NAE_EAOK_eestikeelsed_sunnimeetrikad, lk 201
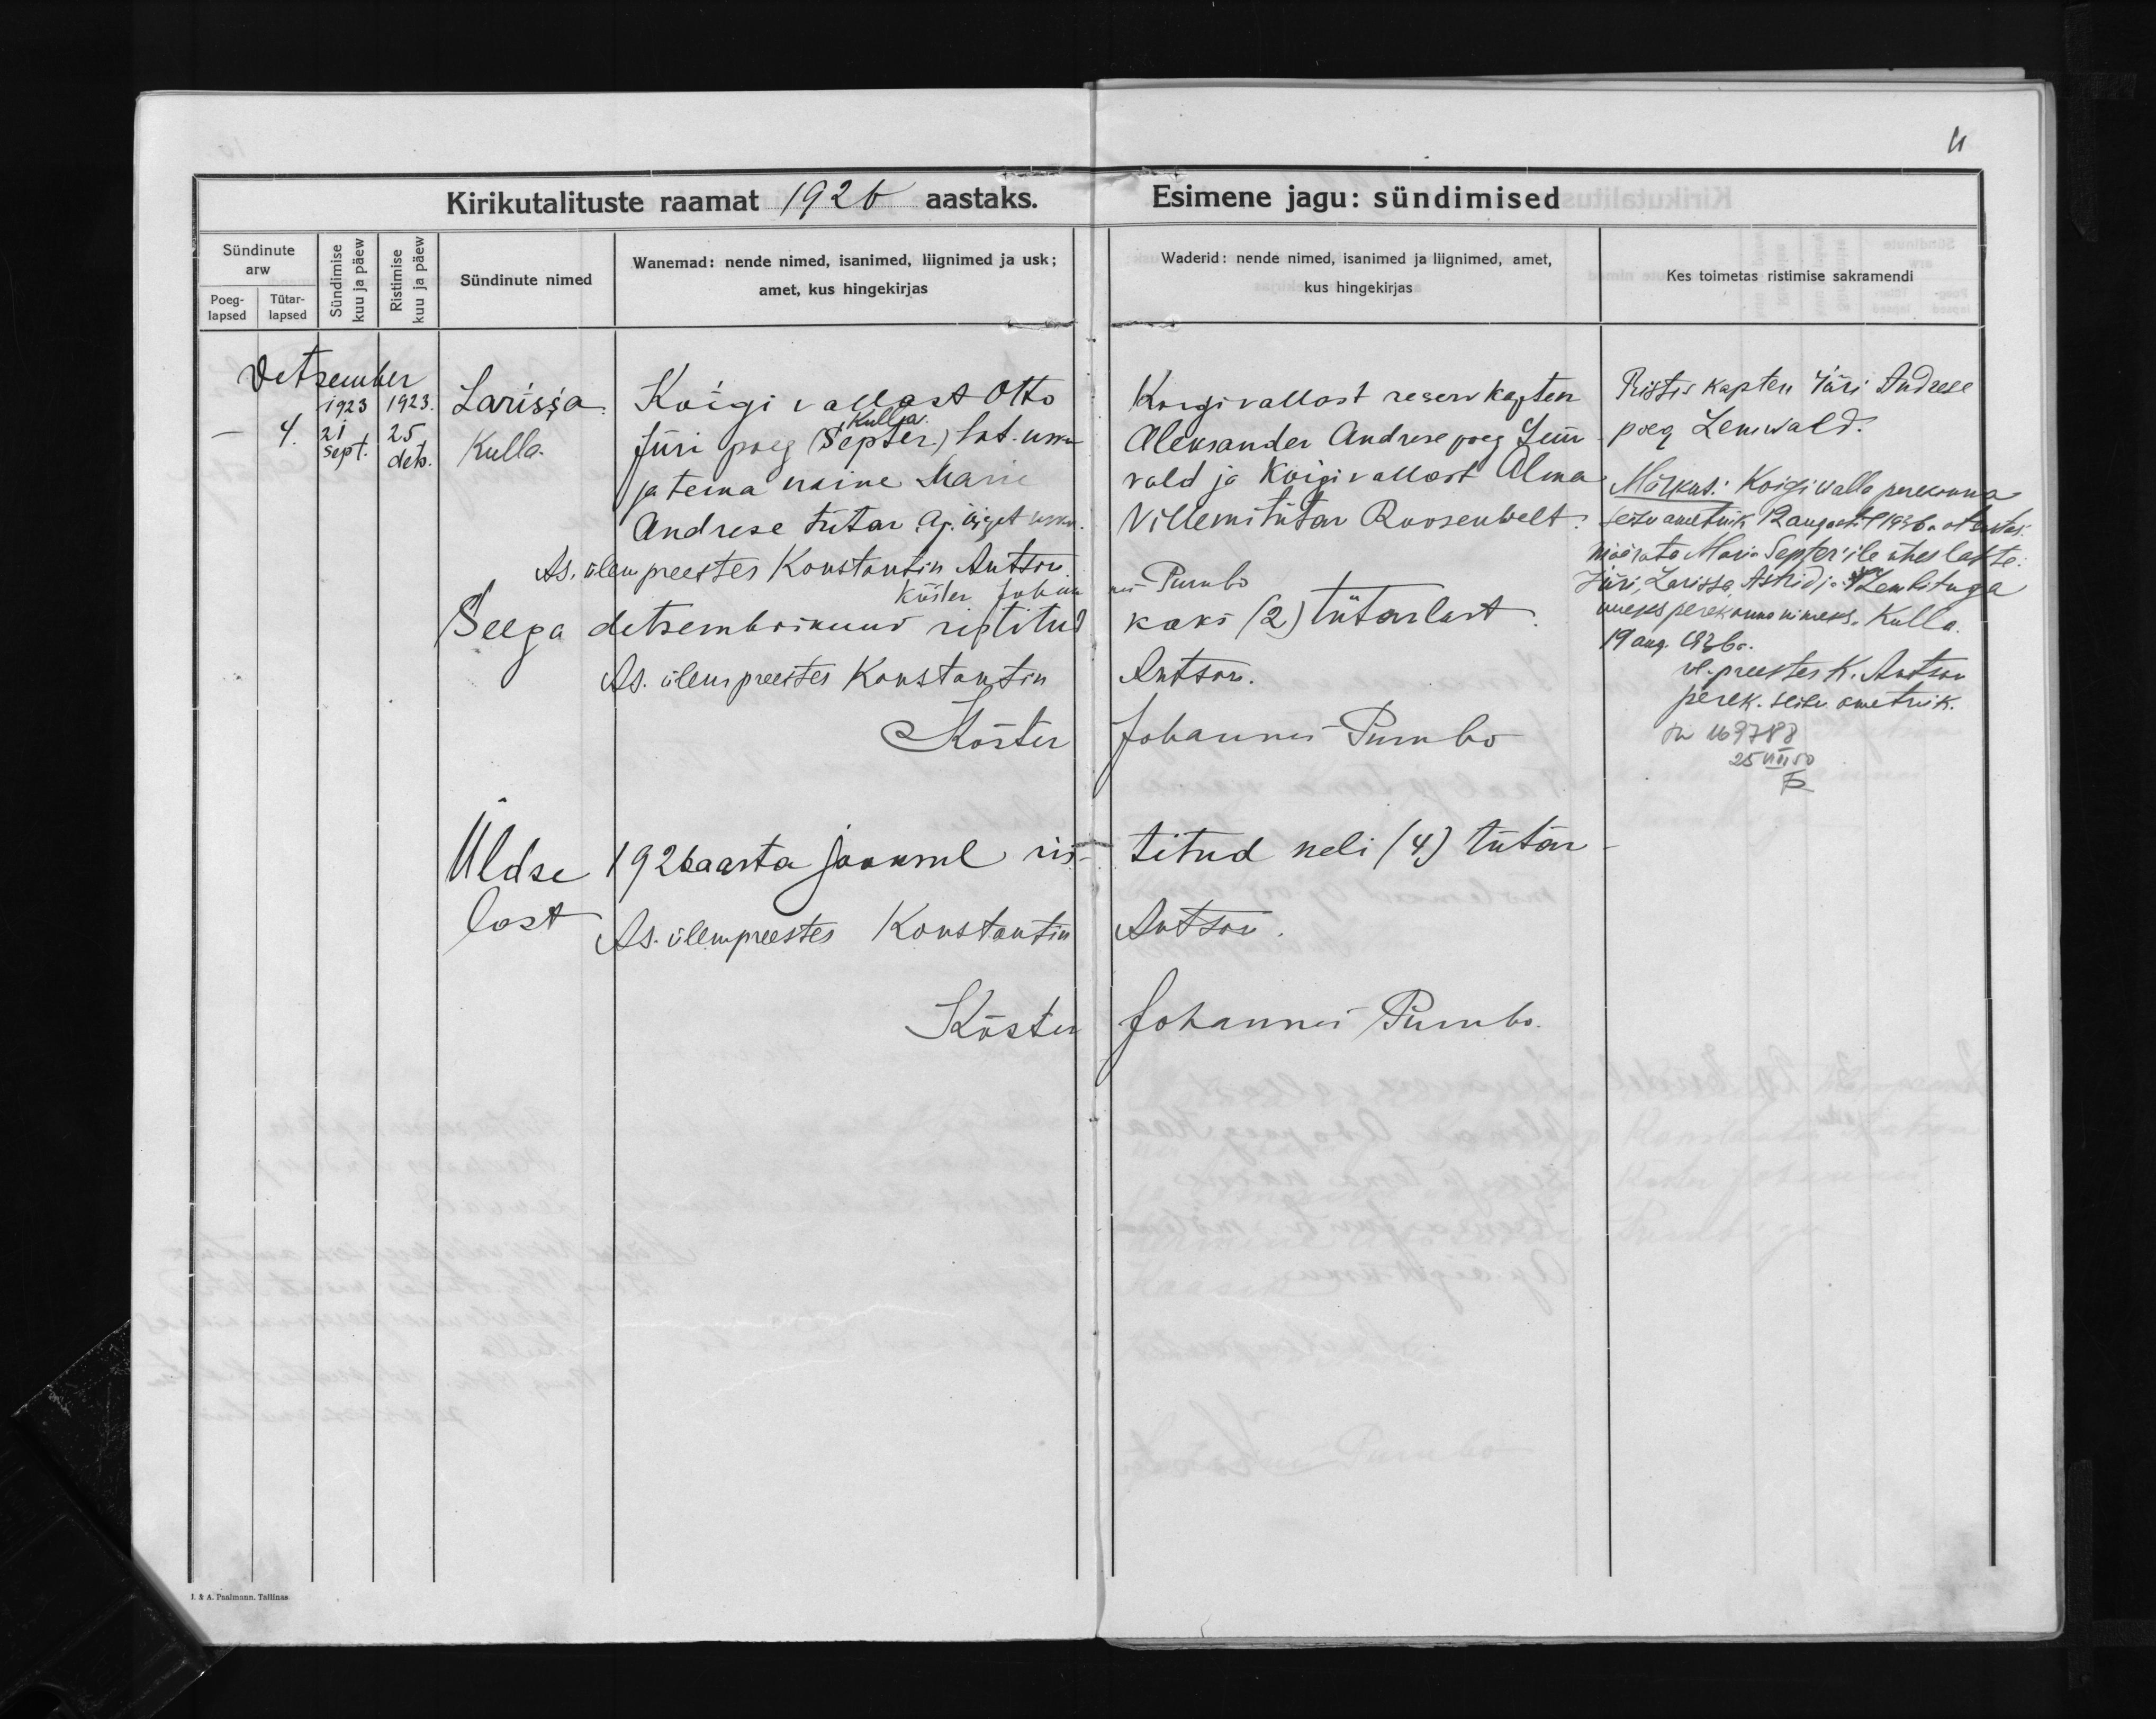
Larissa
Kulla

Koigi vallast Otto
Kulla
Jüri poeg (Septer) lut. usku
ja tema naine Marie
Andrese tütar ap. õiget usku.